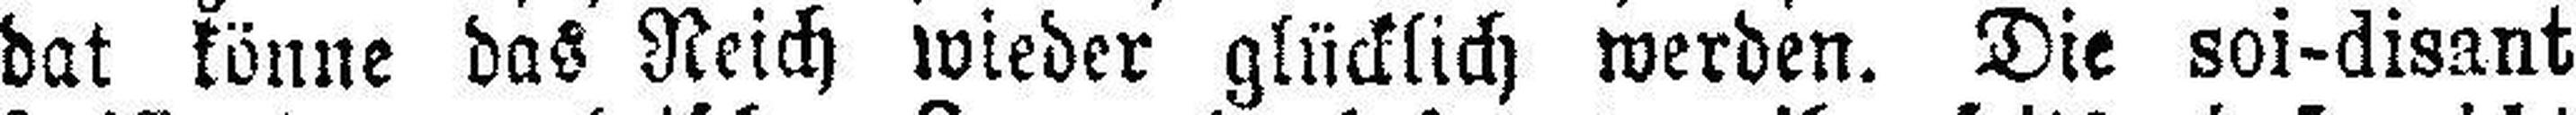
dat könne das Reich wieder glücklich werden. Die soi-disant